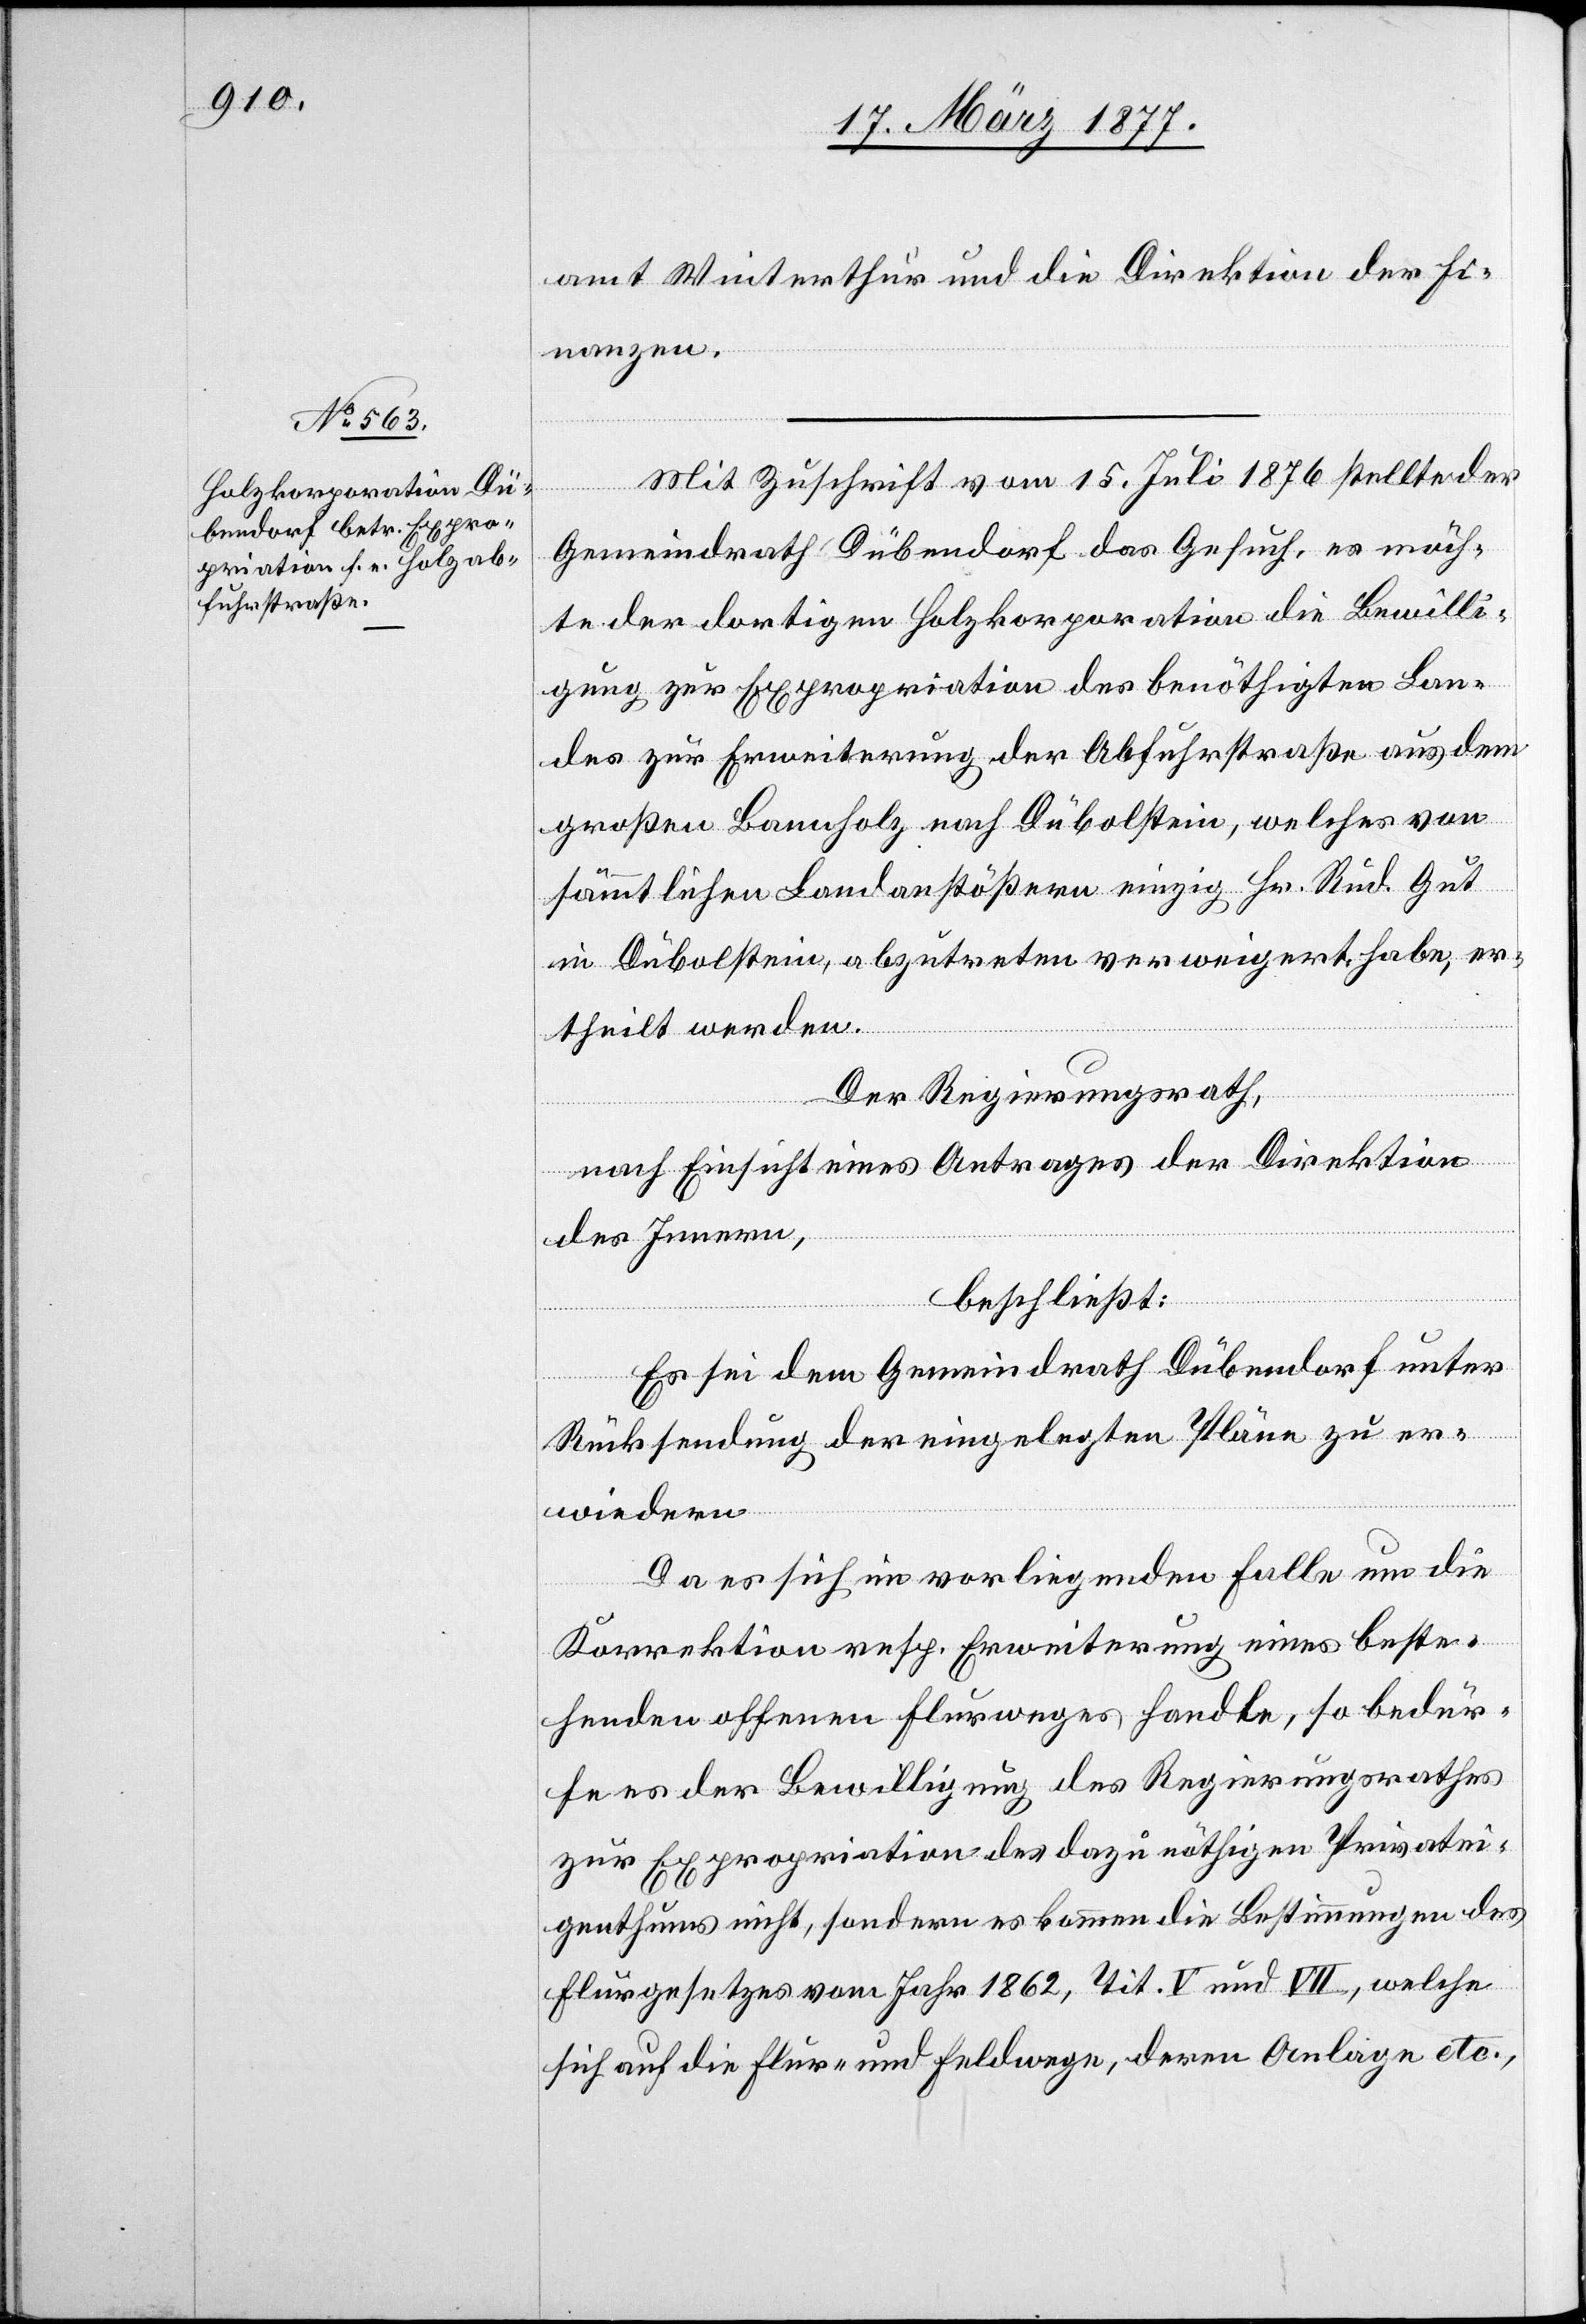
amt Winterthur und die Direktion der Fi¬
nanzen.
Mit Zuschrift vom 15. Juli 1876 stellte der
Gemeindrath Dübendorf das Gesuch, es möch¬
te der dortigen Holzkorporation die Bewilli¬
gung zur Expropriation des benöthigten Lan¬
des zur Erweiterung der Abfuhrstraße aus dem
großen Bannholz nach Dübolstein, welches von
sämmtlichen Landanstößern einzig Hr. Rud. Gut
in Dübolstein, abzutreten verweigert habe, er¬
dern:
theilt werden.
Der Regierungsrath,
nach Einsicht eines Antrages der Direktion
des Innern,
beschließt:
Es sei dem Gemeindrath Dübendorf unter
Rücksendung der eingelegten Pläne zu er¬
Da es sich im vorliegenden Falle um die
Korrektion resp. Erweiterung eines beste¬
henden offenen Flurweges handle, so bedür¬
fe es der Bewilligung des Regierungsrathes
zur Expropriation des dazu nöthigen Privatei¬
genthums nicht, sondern es kommen die Bestimmungen des
Flurgesetzes vom Jahr 1862, Tit. V und VII, welche
sich auf Flur- und Feldwege, deren Anlage etc.,